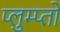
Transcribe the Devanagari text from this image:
प्लुम्प्तों